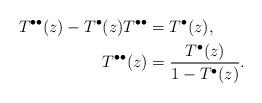
LaTeX: \begin{align*} T^{\bullet \bullet}(z)-T^{\bullet}(z)T^{\bullet \bullet}&=T^{\bullet}(z), \\T^{\bullet \bullet}(z)&=\frac{T^{\bullet}(z)}{1-T^{\bullet}(z)}. \end{align*}